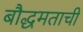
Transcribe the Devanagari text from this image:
बौद्धमताची